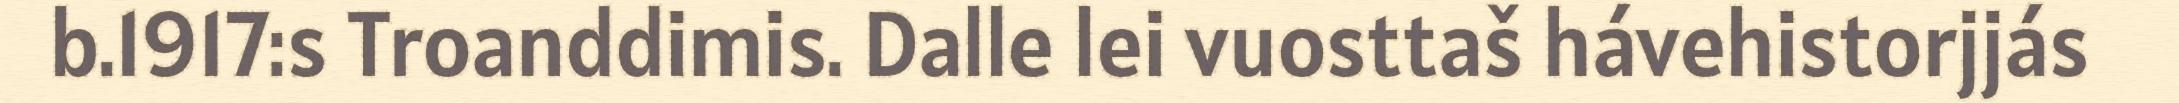
b.1917:s Troanddimis. Dalle lei vuosttaš hávehistorjjás